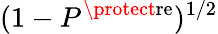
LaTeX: (1-P^{\protect\mathrm{re}})^{1/2}